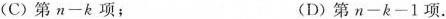
(C)第$$n-k$$项； (D)第$$n-k-1$$项.